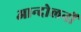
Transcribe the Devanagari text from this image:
आन्‍दोलनों